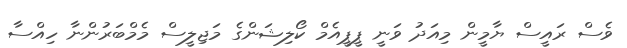
ވެސް ރައީސް ޔާމީން މިއަދު ވަނީ ޕީޕީއެމް ކޯލިޝަންގެ މަޖިލީސް މެމްބަރުންނާ ހިއްސާ